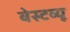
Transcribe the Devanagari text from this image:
वेस्टव्यू